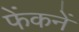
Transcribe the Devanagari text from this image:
फेंकनें